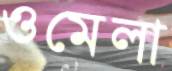
ওমেলা